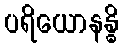
ပရိယောနန္ဓိ